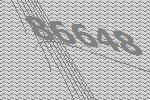
86648